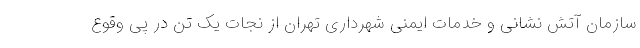
سازمان آتش نشانی و خدمات ایمنی شهرداری تهران از نجات یک تن در پی وقوع